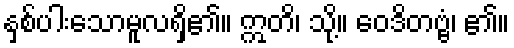
နှစ်ပါးသောမူလရှိ၏။ ဣတိ၊ သို့။ ဝေဒိတဗ္ဗံ၊ ၏။